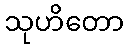
သုဟိတော